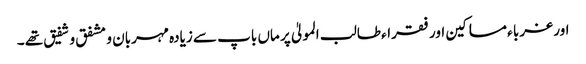
اور غربا ء مساکین اور فقراء طالب المولیٰ پر ماں باپ سے زیادہ مہربان و مشفق و شفیق تھے ۔